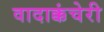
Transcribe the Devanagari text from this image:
वादाक्कंचेरी